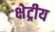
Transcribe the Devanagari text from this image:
क्षेट्रीय